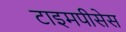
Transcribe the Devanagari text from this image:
टाइमपीसेस